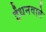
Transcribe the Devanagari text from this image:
ईंधनवाले